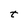
Character: t